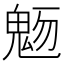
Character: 𩲬